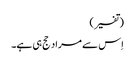
(تفسیر)
اِس سے مراد حج ہی ہے۔